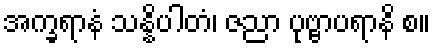
အက္ခရာနံ သန္နိပါတံ၊ ဇညာ ပုဗ္ဗာပရာနိ စ။